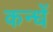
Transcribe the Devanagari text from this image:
कन्धें